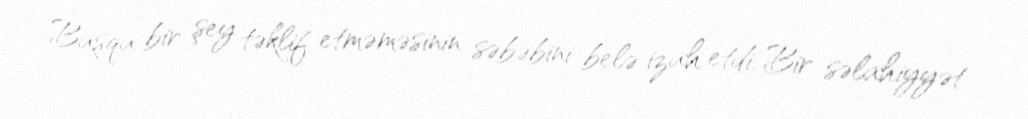
Başqa bir şey təklif etməməsinin səbəbini belə izah etdi: Bir səlahiyyət